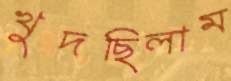
খুদছিলাম